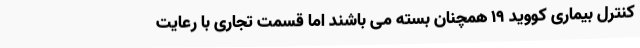
کنترل بیماری کووید ۱۹ همچنان بسته می باشند اما قسمت تجاری با رعایت